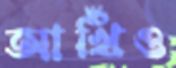
আখিঁও